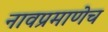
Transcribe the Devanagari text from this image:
नावप्रमाणेच